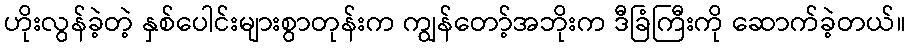
ဟိုးလွန်ခဲ့တဲ့ နှစ်ပေါင်းများစွာတုန်းက ကျွန်တော့်အဘိုးက ဒီခြံကြီးကို ဆောက်ခဲ့တယ်။